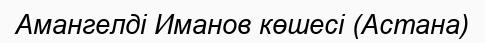
Амангелді Иманов көшесі (Астана)